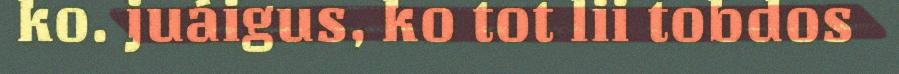
ko. juáigus, ko tot lii tobdos